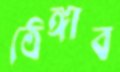
ঠেঙ্গাব